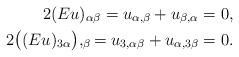
\begin{align*}2(Eu)_{\alpha\beta}=u_{\alpha,\beta}+u_{\beta,\alpha} & =0,\\2\big((Eu)_{3\alpha}\big),_\beta=u_{3,\alpha\beta}+u_{\alpha,3\beta} & =0.\end{align*}